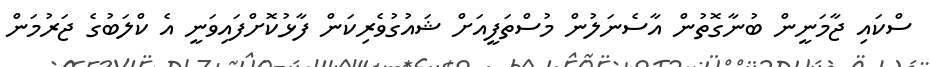
ސްކައި ޖާމަނީން ބުނާގޮތުން އާސެނަލުން މުސްތަފީއަށް ޝައުގުވެރިކަން ފާޅުކޮށްފައިވަނީ އެ ކްލަބުގެ ޖަރުމަން